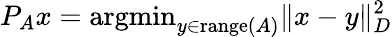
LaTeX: P_{A}x=\mathrm{argmin}_{y\in\mathrm{range}(A)}\| x-y\| _{D}^{2}